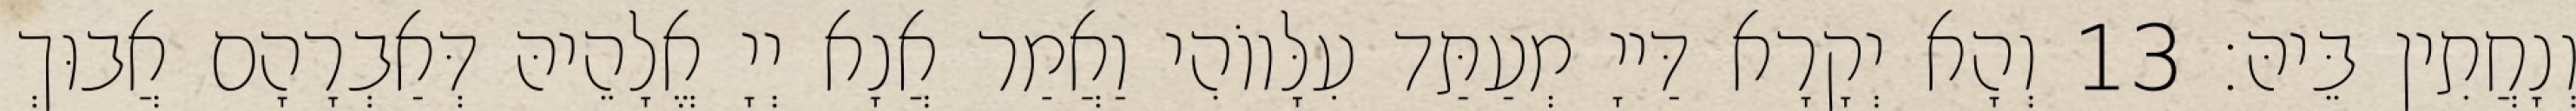
וְנָחֲתִין בֵּיהּ׃ 13 וְהָא יְקָרָא דַּייָ מְעַתַּד עִלָּווֹהִי וַאֲמַר אֲנָא יְיָ אֱלָהֵיהּ דְּאַבְרָהָם אֲבוּךְ